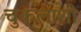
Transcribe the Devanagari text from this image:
चुकलाशी